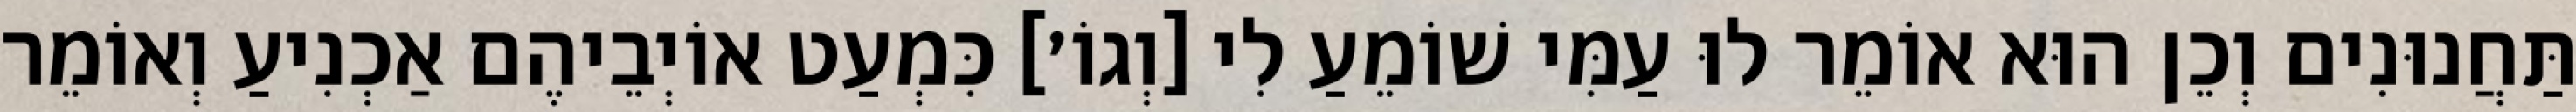
תַּחֲנוּנִים וְכֵן הוּא אוֹמֵר לוּ עַמִּי שׁוֹמֵעַ לִי [וְגוֹ׳] כִּמְעַט אוֹיְבֵיהֶם אַכְנִיעַ וְאוֹמֵר